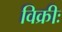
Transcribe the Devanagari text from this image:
विक्रीः